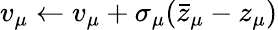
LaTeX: v_{\mu}\leftarrow v_{\mu}+\sigma_{\mu}(\bar{z}_{\mu}-z_{\mu})